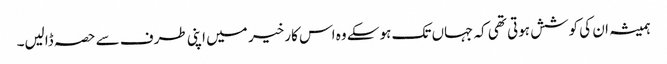
ہمیشہ ان کی کوشش ہوتی تھی کہ جہاں تک ہوسکے وہ اس کار خیر میں اپنی طرف سے حصہ ڈالیں۔